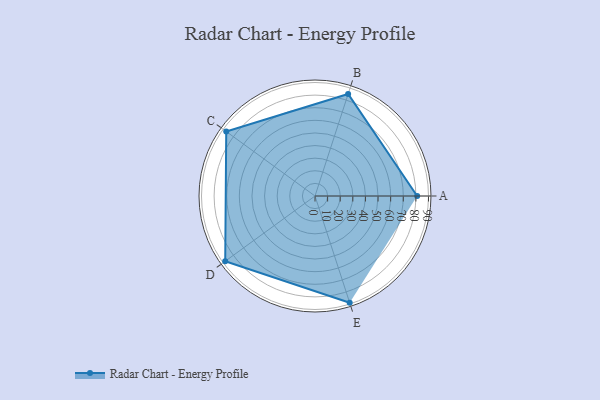
{"axis": {"x": "Skill", "y": "Score"}, "legend": ["Profile"], "data": [{"x": "A", "y": 81.0, "type": "Profile"}, {"x": "B", "y": 85.0, "type": "Profile"}, {"x": "C", "y": 87.0, "type": "Profile"}, {"x": "D", "y": 88.0, "type": "Profile"}, {"x": "E", "y": 89.0, "type": "Profile"}]}